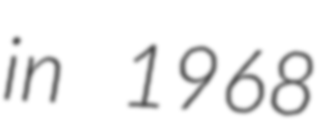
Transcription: in 1968